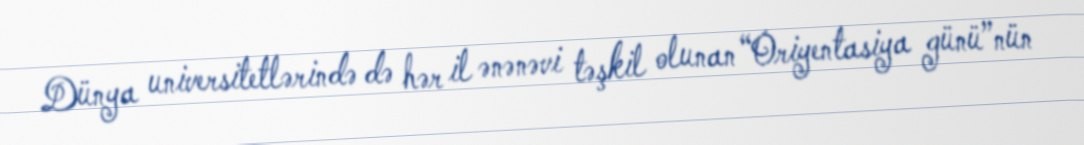
Dünya universitetlərində də hər il ənənəvi təşkil olunan “Oriyentasiya günü”nün